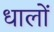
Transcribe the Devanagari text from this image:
धालों